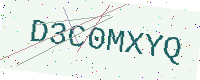
Text: D3C0MXYQ